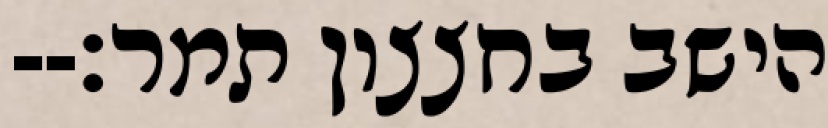
הישב בחצצון תמר׃--